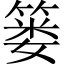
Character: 篓